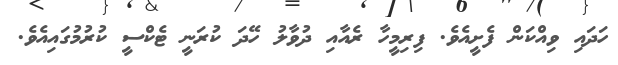
ހަދައި ވިއްކަން ފެށީއެވެ. ފިރިމީހާ ރެއާއި ދުވާލު ހޭދަ ކުރަނީ ޓެކްސީ ކުރުމުގައިއެވެ.